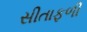
સીતાફળી